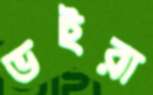
ভইরা